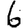
Digit: 6